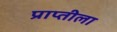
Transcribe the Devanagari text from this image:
प्राप्तीला